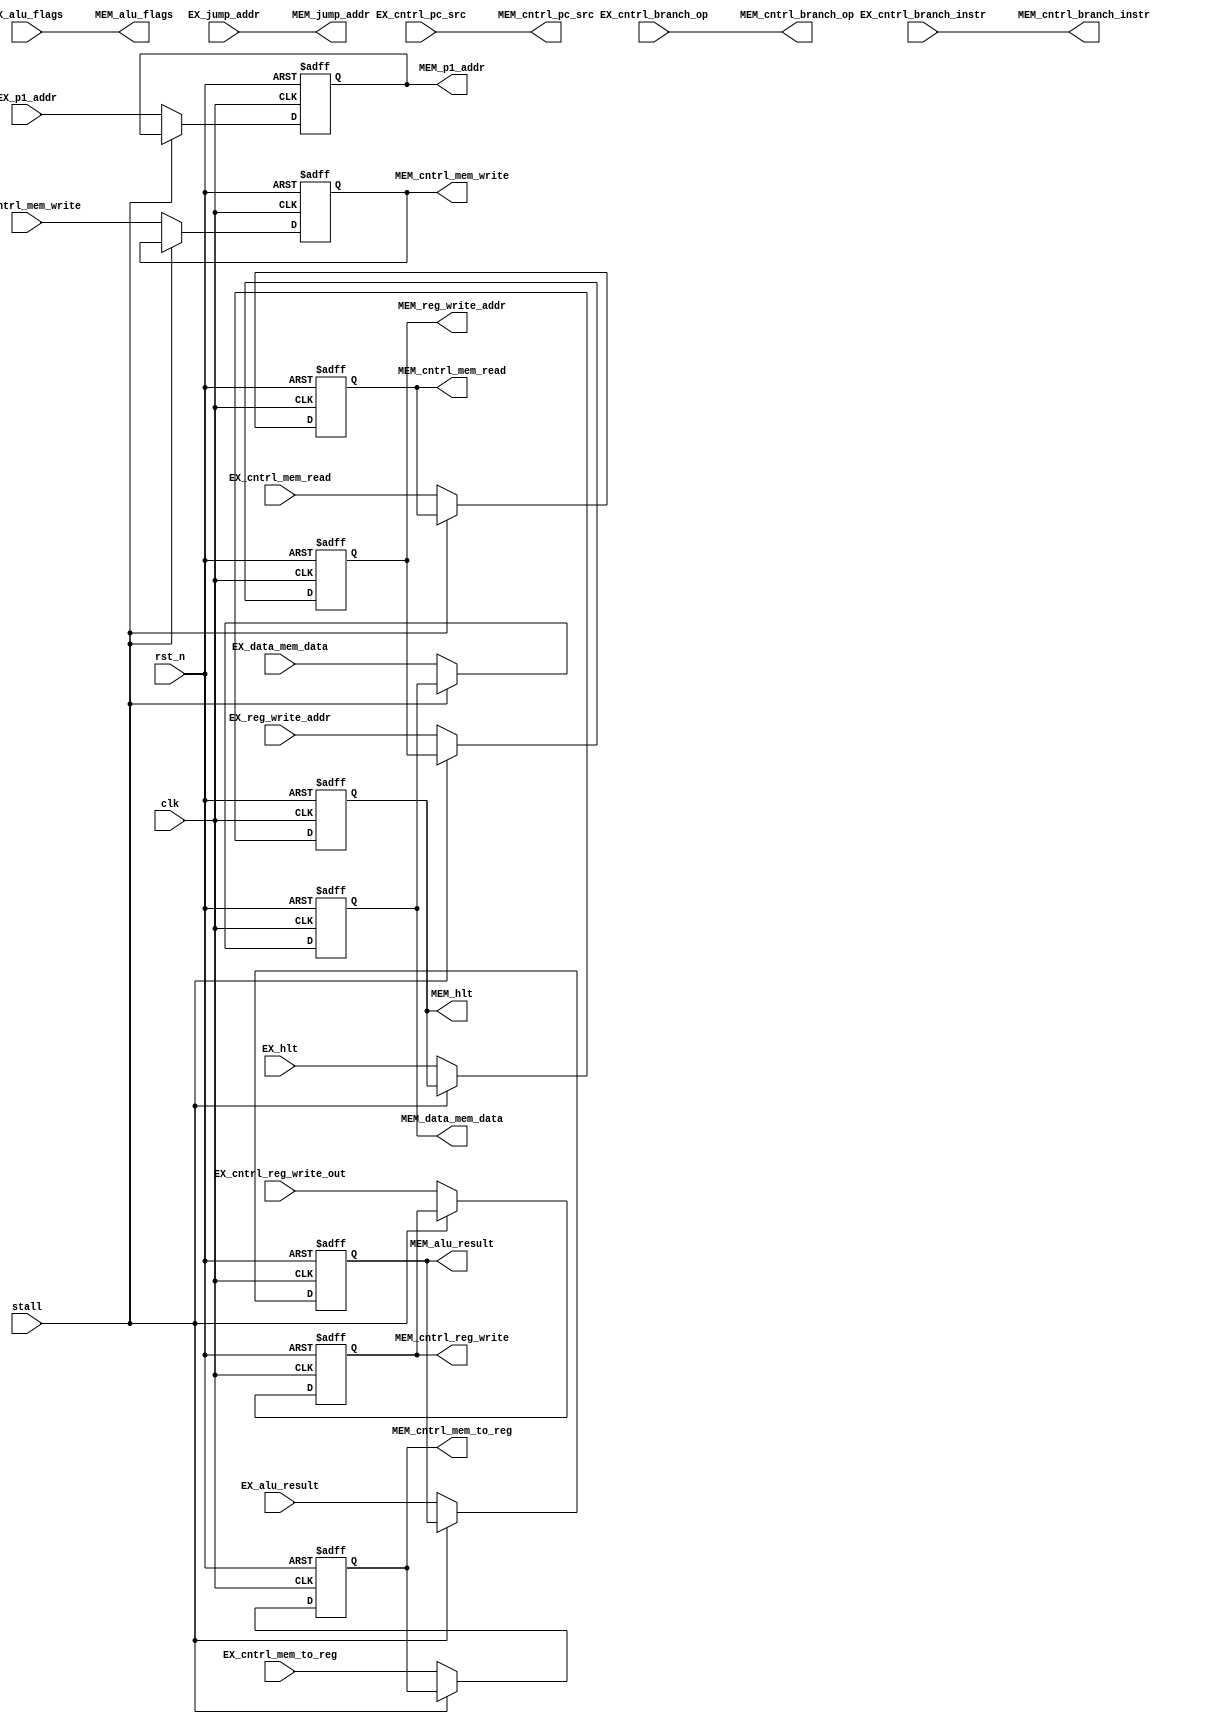
//PIPELINE MODULE, a bunch of flops

module EX_MEM_Pipe(clk, rst_n, EX_reg_write_addr, EX_cntrl_reg_write_out, EX_cntrl_mem_to_reg, EX_cntrl_mem_read, stall,
                  EX_cntrl_mem_write, EX_data_mem_data, EX_alu_result, EX_cntrl_branch_op, EX_alu_flags, EX_jump_addr, EX_cntrl_pc_src, EX_cntrl_branch_instr, EX_p1_addr, EX_hlt,
                  MEM_reg_write_addr, MEM_cntrl_reg_write, MEM_cntrl_mem_to_reg, MEM_cntrl_mem_read,
                  MEM_cntrl_mem_write, MEM_data_mem_data, MEM_alu_result, MEM_cntrl_branch_op, MEM_alu_flags, MEM_jump_addr, MEM_cntrl_pc_src, MEM_cntrl_branch_instr, MEM_p1_addr, MEM_hlt);
                  
  input clk, rst_n, EX_cntrl_reg_write_out, EX_cntrl_mem_to_reg, EX_cntrl_mem_read, EX_cntrl_mem_write, EX_cntrl_pc_src, EX_cntrl_branch_instr, EX_hlt, stall;
  input [2:0] EX_cntrl_branch_op, EX_alu_flags;
  input [3:0] EX_reg_write_addr, EX_p1_addr;
  input [15:0] EX_data_mem_data, EX_alu_result, EX_jump_addr;
  
  output reg MEM_cntrl_reg_write, MEM_cntrl_mem_to_reg, MEM_cntrl_mem_read, MEM_cntrl_mem_write, MEM_hlt;
  output MEM_cntrl_pc_src, MEM_cntrl_branch_instr;
  output [2:0] MEM_alu_flags, MEM_cntrl_branch_op;
  output reg [3:0] MEM_reg_write_addr, MEM_p1_addr;
  output reg [15:0] MEM_data_mem_data, MEM_alu_result;
  output [15:0] MEM_jump_addr;
  
  assign MEM_alu_flags = EX_alu_flags;
  assign MEM_cntrl_branch_op = EX_cntrl_branch_op;
	assign MEM_jump_addr = EX_jump_addr;
	assign MEM_cntrl_pc_src = EX_cntrl_pc_src;
	assign MEM_cntrl_branch_instr = EX_cntrl_branch_instr;

  always @(posedge clk or negedge rst_n) begin
    if(~rst_n) begin
        //if resetting, flush all values
      MEM_reg_write_addr <= 0;
	    MEM_cntrl_reg_write <= 0;
	    MEM_cntrl_mem_to_reg <= 0;
	    MEM_cntrl_mem_read <= 0;
	    MEM_cntrl_mem_write <= 0;
	    MEM_data_mem_data <= 0;
	    MEM_alu_result <= 0;
	    MEM_p1_addr <= 0;
	    MEM_hlt <= 0;
	  end else if(stall) begin
            //if stalling, retain all previous values
	    MEM_reg_write_addr <= MEM_reg_write_addr;
	    MEM_cntrl_reg_write <= MEM_cntrl_reg_write;
	    MEM_cntrl_mem_to_reg <= MEM_cntrl_mem_to_reg;
	    MEM_cntrl_mem_read <= MEM_cntrl_mem_read;
	    MEM_cntrl_mem_write <= MEM_cntrl_mem_write;
	    MEM_data_mem_data <= MEM_data_mem_data;
	    MEM_alu_result <= MEM_alu_result;
	    MEM_p1_addr <= MEM_p1_addr;
	    MEM_hlt <= MEM_hlt;
	  end else begin
            //otherwise in normal operation just pass values down pipe
      MEM_reg_write_addr <= EX_reg_write_addr;
	    MEM_cntrl_reg_write <= EX_cntrl_reg_write_out;
	    MEM_cntrl_mem_to_reg <= EX_cntrl_mem_to_reg;
	    MEM_cntrl_mem_read <= EX_cntrl_mem_read;
	    MEM_cntrl_mem_write <= EX_cntrl_mem_write;
	    MEM_data_mem_data <= EX_data_mem_data;
	    MEM_alu_result <= EX_alu_result;
	    MEM_p1_addr <= EX_p1_addr;
	    MEM_hlt <= EX_hlt;
    end
  end
                  
endmodule